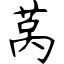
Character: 莴